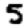
Digit: 5